Civil Veterinary Department Bengal reports 1933-51 - 1933-1951
Year: 1933
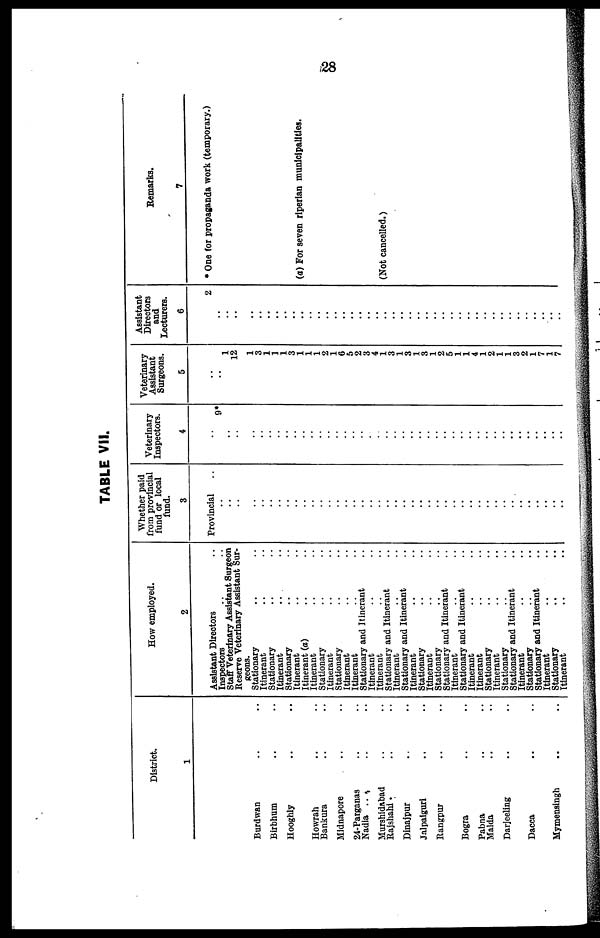
28
TABLE VII.
District.
1
Burdwan .. ..
Birbhum .. ..
Hooghly .. ..
Howrah .. ..
Bankura .. ..
Midnapore
.. ..
24-Parganas .. ..
Nadia .. .. ..
Murshidabad .. ..
Rajshahi .. ..
Dinajpur .. ..
Jalpaiguri .. ..
Rangpur .. ..
Bogra .. ..
Pabna .. ..
Malda .. ..
Darjeeling .. ..
Dacca .. ..
Mymensingh .. ..
How employed.
2
Assistant Directors ..
Inspectors
..
..
Staff Veterinary Assistant Surgeon
Reserve Veterinary Assistant Sur-
geons.
Stationary .. ..
Itinerant .. ..
Stationary .. ..
Itinerant .. ..
Stationary .. ..
Itinerant .. ..
Itinerant (a) .. ..
Itinerant .. ..
Stationary .. ..
Itinerant .. ..
Stationary .. ..
Itinerant .. ..
Itinerant .. ..
Stationary and Itinerant ..
Itinerant .. ..
Itinerant .. ..
Stationary and Itinerant ..
Itinerant .. ..
Stationary and Itinerant ..
Itinerant .. ..
Stationary .. ..
Itinerant .. ..
Stationary .. ..
Stationary and Itinerant ..
Itinerant .. ..
Stationary and Itinerant ..
Itinerant .. ..
Itinerant .. ..
Stationary .. ..
Itinerant .. ..
Stationary .. ..
Stationary and Itinerant ..
Itinerant .. ..
Stationary .. ..
Stationary and Itinerant ..
Itinerant .. ..
Stationary .. ..
Itinerant .. ..
Whether paid
from provincial
fund or local
fund.
3
Provincial ..
..
..
..
..
..
..
..
..
..
..
..
..
..
..
..
..
..
..
..
..
..
..
..
..
..
..
..
..
..
..
..
..
..
..
..
..
..
..
..
..
..
Veterinary
Inspectors.
4
..
9*
.. ..
..
..
..
..
..
..
..
..
..
..
..
..
..
..
..
..
..
..
..
..
..
..
..
..
..
..
..
..
..
..
..
..
..
..
..
..
..
..
Veterinary
Assistant
Surgeons.
5
..
..
1
12
1
3
1
1
1
3
1
1
1
2
1
6
5
2
3
4
1
3
1
3
1
3
1
2
5
1
1
4
1
2
1
1
3
2
1
7
1
7
Assistant
Directors
and
Lecturers.
6
2
..
.. ..
..
..
..
..
..
..
..
..
..
..
..
..
..
..
..
..
..
..
..
..
..
..
..
..
..
..
..
..
..
..
..
..
..
..
..
..
..
..
Remarks.
7
* One (or propaganda work (temporary.)
(a) For seven riperian municipalities.
(Not cancelled.)